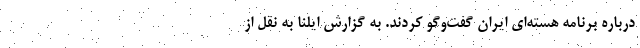
درباره برنامه هسته‌ای ایران گفت‌وگو کردند. به گزارش ایلنا به نقل از